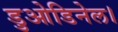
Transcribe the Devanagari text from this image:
डुओडिनेल।